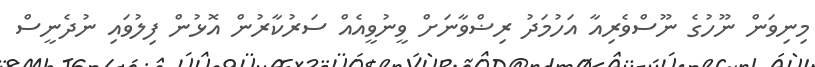
މިނިވަން ނޫހުގެ ނޫސްވެރިއާ އަހުމަދު ރިޟްވާނަށް ވީނުވީއެއް ސަރުކާރުން އޮޅުން ފިލުވައި ނުދެނީސް